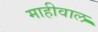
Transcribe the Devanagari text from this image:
माहीवाल